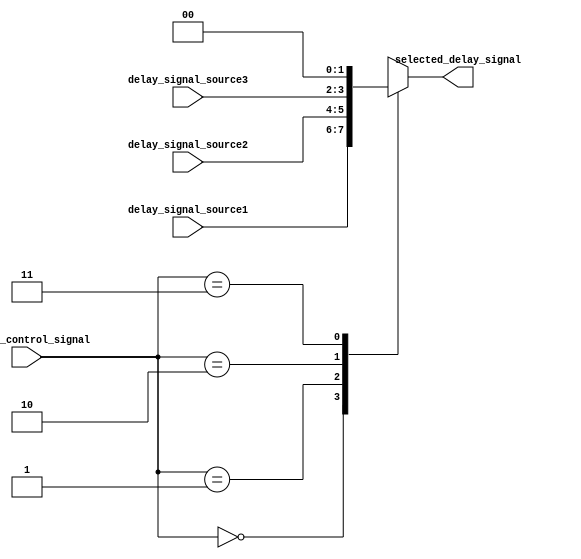
module Multiplexer_Delay(
  input wire [1:0] timing_control_signal,
  input wire [1:0] delay_signal_source1,
  input wire [1:0] delay_signal_source2,
  input wire [1:0] delay_signal_source3,
  output reg [1:0] selected_delay_signal
);

always @ (timing_control_signal or delay_signal_source1 or delay_signal_source2 or delay_signal_source3)
begin
  case (timing_control_signal)
    2'b00: selected_delay_signal <= delay_signal_source1;
    2'b01: selected_delay_signal <= delay_signal_source2;
    2'b10: selected_delay_signal <= delay_signal_source3;
    2'b11: selected_delay_signal <= 2'b00; // Default case
  endcase
end

endmodule